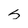
Character: s